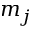
m _ { j }